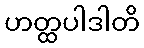
ဟတ္ထပါဒါတိ